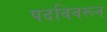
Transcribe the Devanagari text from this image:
पदविवरून